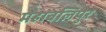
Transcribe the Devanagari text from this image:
महाबलिपुर